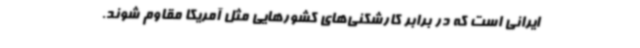
ایرانی است که در برابر کارشکنی‌های کشورهایی مثل آمریکا مقاوم شوند.